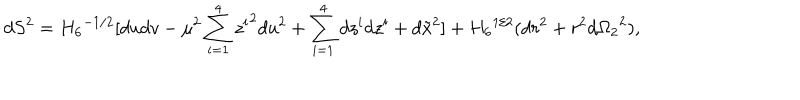
LaTeX: d S ^ { 2 } = { H _ { 6 } } ^ { - 1 / 2 } [ d u d v - \mu ^ { 2 } \sum _ { i = 1 } ^ { 4 } { z ^ { i } } ^ { 2 } d u ^ { 2 } + \sum _ { i = 1 } ^ { 4 } d z ^ { i } d z ^ { i } + d \tilde { x } ^ { 2 } ] + { H _ { 6 } } ^ { 1 / 2 } ( d r ^ { 2 } + r ^ { 2 } d { \Omega _ { 2 } } ^ { 2 } ) ,